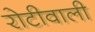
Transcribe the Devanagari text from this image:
रोटीवाली